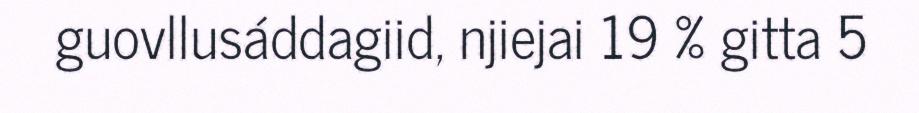
guovllusáddagiid, njiejai 19 % gitta 5